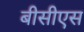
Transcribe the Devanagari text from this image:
बीसीएस